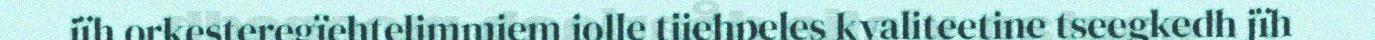
jïh orkesteregïehtelimmiem jolle tjiehpeles kvaliteetine tseegkedh jïh